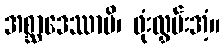
အစ္ဆာဒေဿာမိ၊ ဖုံးလွှမ်းအံ့။